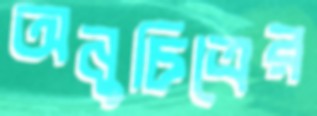
অনুচিত্রের